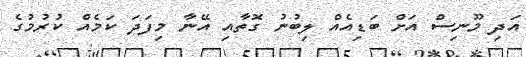
އަދި މޫނިސް އަށް ބަޑިއެއް ލިބުނު ގޮތާއި އޭނާ މިފަދަ ކަމެއް ކުރުމުގެ